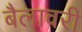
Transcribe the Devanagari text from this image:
बैलावरी